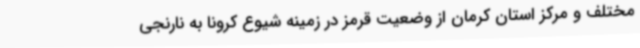
مختلف و مرکز استان کرمان از وضعیت قرمز در زمینه شیوع کرونا به نارنجی